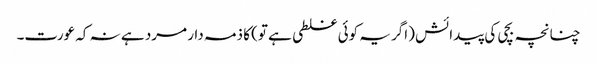
چنانچہ بچی کی پیدائش (اگر یہ کوئی غلطی ہے تو) کا ذمہ دار مرد ہے نہ کہ عورت۔